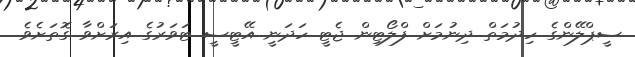
ސީޕްލޭންގެ ހިދުމަތް ދިނުމަށް ފްލޯޓިން ޖެޓީ ހަދަނީ އޭޓީސީ ޓަވަރުގެ އިރަށްވާ ގޮތަށެވެ.